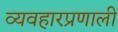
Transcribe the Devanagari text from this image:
व्यवहारप्रणाली